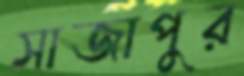
সাজাপুর